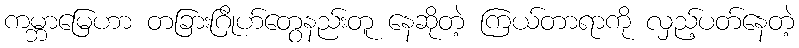
ကမ္ဘာမြေဟာ တခြားဂြိုဟ်တွေနည်းတူ နေဆိုတဲ့ ကြယ်တာရာကို လှည့်ပတ်နေတဲ့